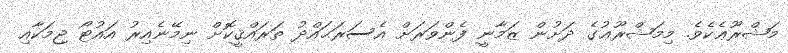
މަޝްރޫޢެކެވެ. މިމަޝްރޫޢުގެ ދަށުން ޒަމާނީ ފެންވަރަށް އެސަރަޙައްދު ތަރައްޤީކޮށް ނިމޭނެއިރު އައުޓޯ ޖިމަކާއި